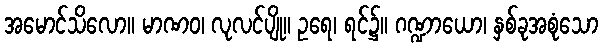
အမောင်သိလော။ မာဏဝ၊ လုလင်ပျို။ ဥရေ၊ ရင်၌။ ဂဏ္ဍာယော၊ နှစ်ခုအစုံသော